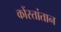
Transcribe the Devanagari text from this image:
कोंस्तांतान